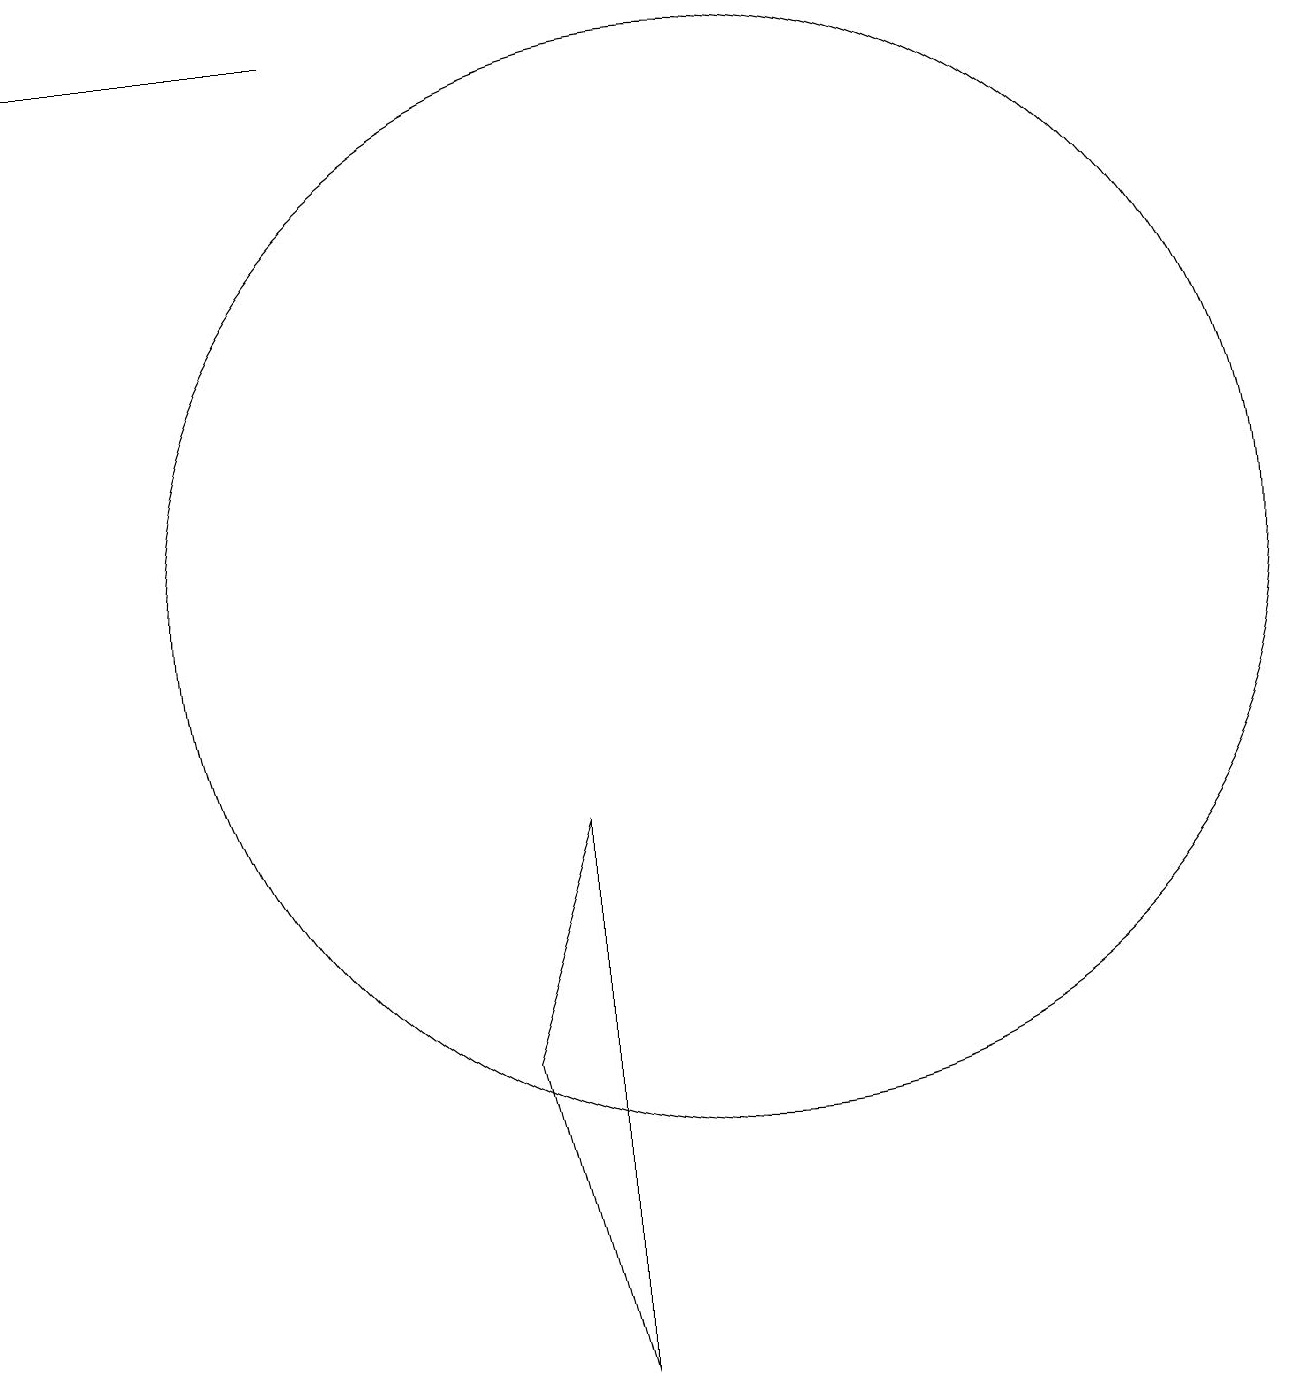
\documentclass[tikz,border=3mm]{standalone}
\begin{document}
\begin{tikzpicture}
\draw (10,11) circle (7);
\draw[->] (5,18) -- (1,18);
\draw (8,1) -- (7,5) -- (8,8) -- cycle;
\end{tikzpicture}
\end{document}